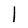
Character: l